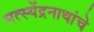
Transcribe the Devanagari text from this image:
मत्स्येंद्रनाथांचे